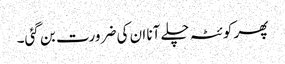
پھر کوئٹہ چلے آنا ان کی ضرورت بن گئی۔